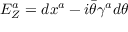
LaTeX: E _ { Z } ^ { a } = d x ^ { a } - i \bar { \theta } \gamma ^ { a } d \theta